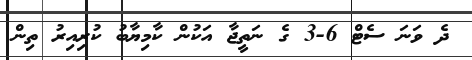
ދެ ވަނަ ސެޓް 6-3 ގެ ނަތީޖާ އަކުން ކާމިޔާބު ކުރިއިރު ތިން